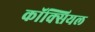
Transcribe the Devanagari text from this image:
कॉक्सियल